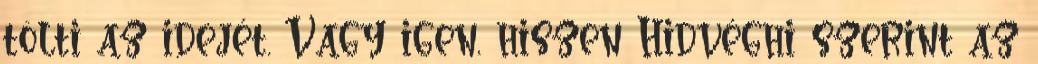
tölti az idejét. Vagy igen, hiszen Hidvéghi szerint az